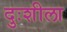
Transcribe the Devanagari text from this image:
दुःशीला